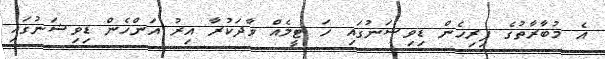
އެ މުބާރާތުގެ ފިރިހެން ޑިވިޝަނުގައި ހަ ޓީމެއް ވާދަކުރާ އިރު އަންހެން ޑިވިޝަނުގައި